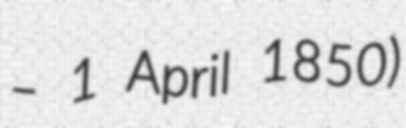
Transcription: – 1 April 1850)